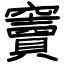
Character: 竇